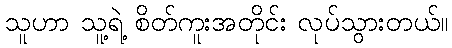
သူဟာ သူ့ရဲ့ စိတ်ကူးအတိုင်း လုပ်သွားတယ်။